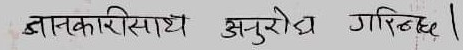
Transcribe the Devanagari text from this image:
जानकारीसाथै अनुरोध गरिन्छ ।